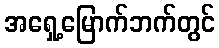
အရှေ့မြောက်ဘက်တွင်